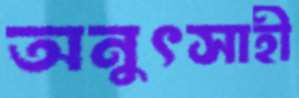
অনুৎসাহী